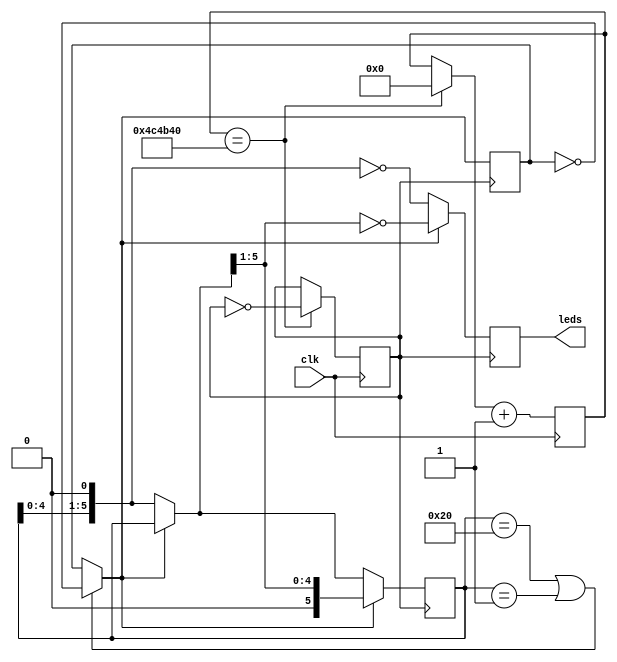

module led_kaydir(
    input clk,
    output reg[5:0] leds
    );

reg gecikme;
reg [64:0] sayac;
reg yon;
reg [5:0] led;

 initial begin
    led=6'b000001;
    gecikme=0;
    sayac=0;
    yon=1;
 end


 always @(posedge clk) begin
	if(sayac==10**7/2) begin
		sayac=0;
		gecikme=~gecikme;
	end
	sayac=sayac+1;
 end

 always @(posedge gecikme) begin

	if(led==6'b100000 || led==6'b000001) begin
		yon=~yon;
	end
	
	if (yon==0)begin
		led = led << 1;
        	leds = ~led ;
	end
	
	if (yon==1) begin
		led = led >> 1;
        	leds = ~led ;
	end	
 end

endmodule